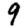
Digit: 9